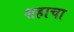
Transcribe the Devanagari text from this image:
शहाचा